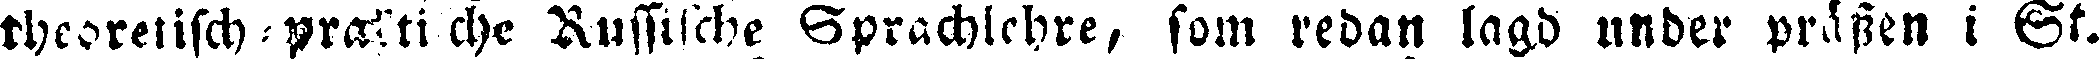
theoretisch-praktische Russische Sprachlehre, som redan lagd under prässen i St.